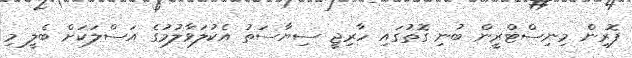
ފޮރިން މިނިސްޓްރީން ބުނި ގޮތުގައި ހާރިޖީ ސިޔާސަތު އެކުލަވާލުމުގެ އަސްލަކަށް ބެލީ މި